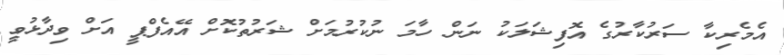
އެމެރިކާ ސަރުކާރުގެ އޮފިޝަލަކު ނަން ހާމަ ނުކުރުމަށް ޝަރުތުކޮށް އޭއެފްޕީ އަށް ވިދާޅުވީ